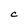
Character: C